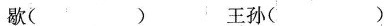
歇( )王孙( )